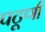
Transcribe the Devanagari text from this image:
पटूणी